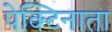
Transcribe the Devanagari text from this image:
पेक्टिनाता